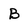
Character: B